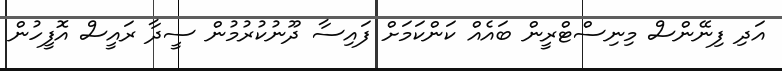
އަދި ފިނޭންސް މިނިސްޓްރީން ބައެއް ކަންކަމަށް ފައިސާ ދޫނުކުރުމުން ސީދާ ރައީސް އޮފީހުން